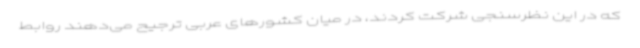
که در این نظرسنجی شرکت کردند، در میان کشورهای عربی ترجیح می‌دهند روابط